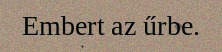
Embert az űrbe.